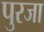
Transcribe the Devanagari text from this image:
पुरजा